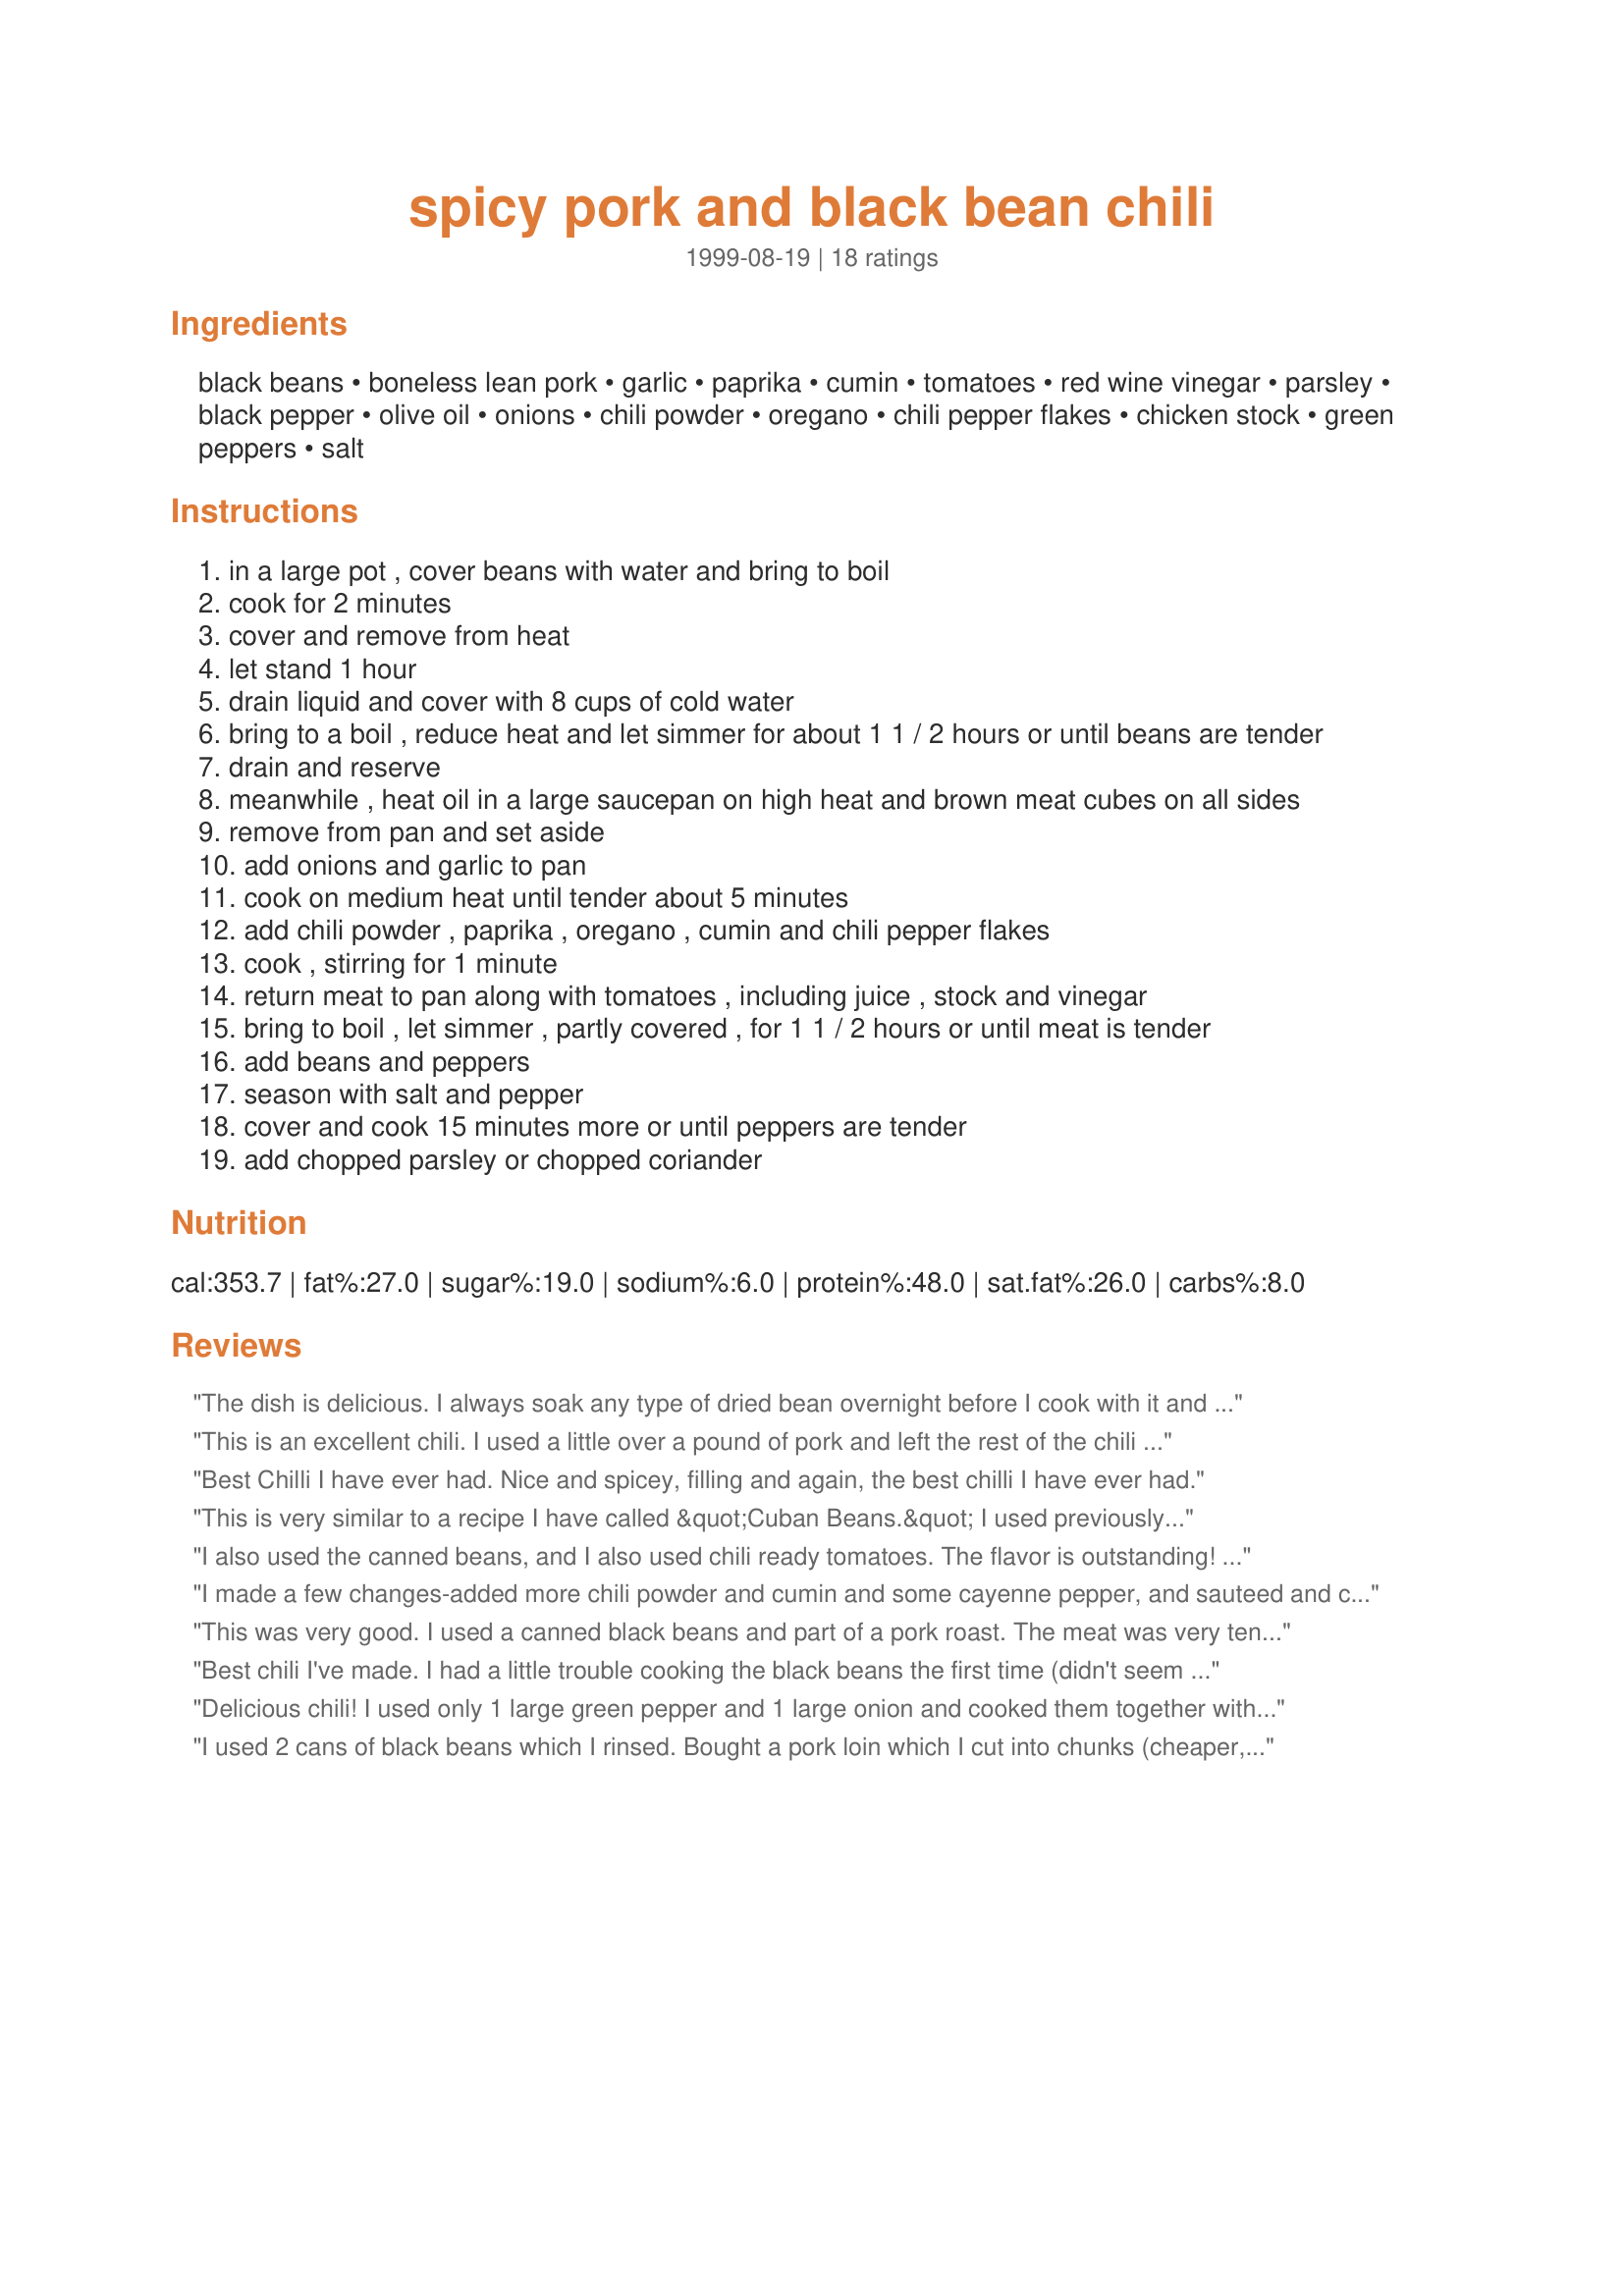
spicy pork and black bean chili
Preparation time: 0 minutes

Ingredients:
black beans, boneless lean pork, garlic, paprika, cumin, tomatoes, red wine vinegar, parsley, black pepper, olive oil, onions, chili powder, oregano, chili pepper flakes, chicken stock, green peppers, salt

Steps:
in a large pot , cover beans with water and bring to boil
cook for 2 minutes
cover and remove from heat
let stand 1 hour
drain liquid and cover with 8 cups of cold water
bring to a boil , reduce heat and let simmer for about 1 1 / 2 hours or until beans are tender
drain and reserve
meanwhile , heat oil in a large saucepan on high heat and brown meat cubes on all sides
remove from pan and set aside
add onions and garlic to pan
cook on medium heat until tender about 5 minutes
add chili powder , paprika , oregano , cumin and chili pepper flakes
cook , stirring for 1 minute
return meat to pan along with tomatoes , including juice , stock and vinegar
bring to boil , let simmer , partly covered , for 1 1 / 2 hours or until meat is tender
add beans and peppers
season with salt and pepper
cover and cook 15 minutes more or until peppers are tender
add chopped parsley or chopped coriander

Reviews:
The dish is delicious. I always soak any type of dried bean overnight before I cook with it and that's what I did here and had no problem with hard beans. I know someone who also used canned beans with the same results. I served this with fresh chopped raw onion and a dollop of sour cream, together with cornbread and a salad.
This is an excellent chili. I used a little over a pound of pork and left the rest of the chili proportions the same. The only modifications I made was to use 2 red bell peppers in place of 3 green as that is what I had on hand; and I used 2 cans of black beans, drained, as suggested by other reviewers. Also, I used fresh coriander chopped, as I really tend to like the flavor imparted by coriander in a spicy chili. I like my dishes on the spicy side and this didn't disappoint. I grated some fresh smoked pepper jack cheese on the top of my bowl of chili, which was good, but will ask DH to bring home a cheddar or Mexican blend package of shredded cheese tonight for tomorrow's leftovers. I'll definitely make this chili again. Thanks!
Best Chilli I have ever had. Nice and spicey, filling and again, the best chilli I have ever had.
This is very similar to a recipe I have called &quot;Cuban Beans.&quot; I used previously cooked pork, so didn't get the brown fond from browning the pork, but it was still very good. I think I would skip the vinegar. My Cuban Beans recipe also calls for it, and one time that I made it I forgot to put in the vinegar, and I liked it better. You be the judge. I would have liked this recipe better if there was more of the delicious broth. I think I would cut back on the beans to get there (maybe by half?) I think it would be good if the broth were thickened a bit as well. I'm not sure what thickener would be good. You wouldn't want to mash the beans or add anything that would make the broth creamy looking, because part of the appeal of this dish is the clear and bright colors of the peppers and tomato broth. I used 2 green peppers and 1 red, it was a really pretty dish.
I also used the canned beans, and I also used chili ready tomatoes. The flavor is outstanding! I put it in the crockpot and the flavor just became more intense. This is WONDERFUL chili!
I made a few changes-added more chili powder and cumin and some cayenne pepper, and sauteed and cooked the green pepper with the onions. Also had great luck using canned black beans. This is unbelievably good!!!! Better double the receipe.
This was very good. I used a canned black beans and part of a pork roast. The meat was very tender and the beans were flavorful. I left out the red pepper flakes since my family doesn't like spicy food, and this was still very tasty.
Best chili I've made. I had a little trouble cooking the black beans the first time (didn't seem to soften no matter how much I cooked them), so I substituted 2 cans of precooked beans per pound. This will become a regular.
Delicious chili! I used only 1 large green pepper and 1 large onion and cooked them together with the garlic. I also used canned black beans as others have done and added a couple of dollops of tomato paste because I wanted it thicker. For more color, I dumped in some frozen corn. My pork was very tender and the whole dish only needed about half an hour of cooking time. We'll be having the leftovers tomorrow! I think this would be a great way to use up leftover pork roast.
I used 2 cans of black beans which I rinsed. Bought a pork loin which I cut into chunks (cheaper, no fat you have to cut around), I also added 1 teas. fresh lemon juice and few dashes of salt. It took about 30 minutes total not including the 1 1/2 hrs. of simmering. Very Very Good......Thanks, Fran
so good i'd need an expletive to describe it so i'll substitute the adjective du jour: UH-MAY-ZING!!!
This went down a treat, all i did was substitute the black beans for canned beans, followed the rest of the recipe and it turned out great, thank you for publishing this recipe
Flavor is incredible! I used pork butt steak that had been in the freezer too long, it was fatty and stringy but turned out melt in your mouth tender. I used 1 can each black and pinto beans and 1 can chicken broth which made my chili very thick, we ate it over rice. I used miscellaneous chopped peppers including a couple of jalape&ntilde;os and omitted the chili powder. It was nice and spicy. May be even better the second day.
We liked this. Will definitely make again. Thanks for sharing!
This is a great chili. I made a few changes to a double recipe. I substituted venison tenderloin, boar chops and ground elk which were all grilled over apple wood, canned black beans and a teaspoon and a half of habenero pepper flakes were added. The entire list of ingredients were heated in a skillet, portions at a time, then cooked overnight in a large crock pot. This chili won a second place trophy in a chili cookoff.
I added a bit of bacon in with the pork for some added flavor. Also, dried black beans needed much longer to cook than the recipe suggested. We have fairly hard water, so that may be the culprit.
I served this chilli with fresh guacamole and salsa, corn chips, and crumbled goat cheese. Big success!
Used leftover pork roast ad two cans back beans. Added extra tomatoes. Very good.
This is really good chili. Very nicely seasoned and so comforting for the cooler days ahead. I cooked the black beans using Recipe #248544 and decided that 1 pound of cooked dried beans was way to much. A lean pork sirloin roast was used for the meat. After browning the onions and meat 2 cups of cooked black beans along with the remaining ingredients were placed in a slow cooker. After cooking all day on low the meat was very tender. The chili is well seasoned and a winner for me. Thanks much for posting.
